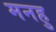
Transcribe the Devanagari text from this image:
मनहु